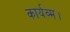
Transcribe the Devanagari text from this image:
कार्यव्म।